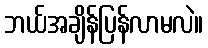
ဘယ်အချိန်ပြန်လာမလဲ။